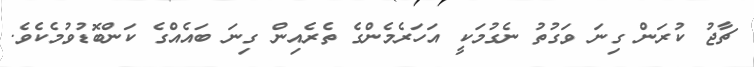
ޗާޖު ކުރަން ގިނަ ވަގުތު ނެގުމަކީ އަހަރެމެންގެ ތެރެއިން ގިނަ ބައެއްގެ ކަންބޮޑުވުމެކެވެ.